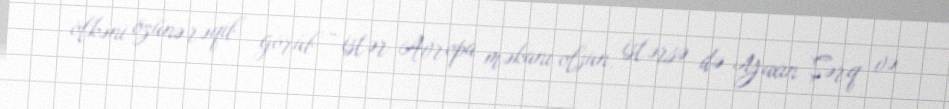
ölkəni özünə rəqib görüb - istər Avropa məkanı olsun, istərsə də Yaxın Şərq və